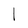
Character: l